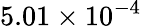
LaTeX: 5.01\times 10^{-4}